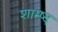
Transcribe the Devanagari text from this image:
शाम्ष्द